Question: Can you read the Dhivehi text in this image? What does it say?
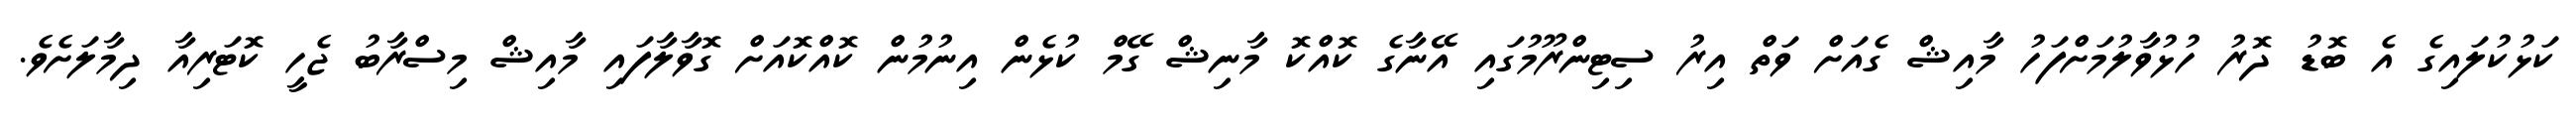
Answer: ކަޅުކުލައިގެ އެ ބޮޑު ދޮރު ހުޅުވާލުމަށްފަހު މާއިޝް ގެއަށް ވަތް އިރު ސިޓިންރޫމުގައި އޭނާގެ ކޮއްކޮ މާނިޝް ގޭމް ކުޅެން އިނުމުން ކޮއްކޮއަށް ގޮވާލާފައި މާއިޝް މިސްރާބު ޖެހީ ކޮޓަރިއާ ދިމާލަށެވެ.